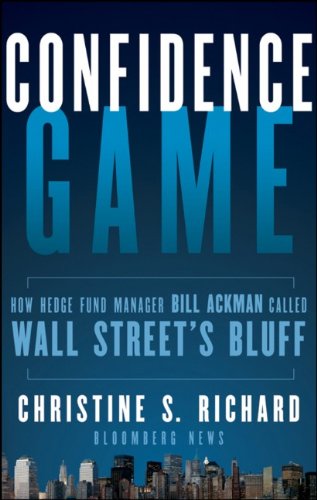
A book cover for Confidence Game: How Hedge Fund Manager Bill Ackman Called Wall Street's Bluff; Christine S. Richard; Business & Money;